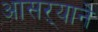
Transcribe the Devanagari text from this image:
आसऱ्याने